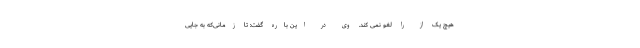
هیچ یک از را لغو نمی کند. وی در این باره گفت: تا زمانی‌که به جایی